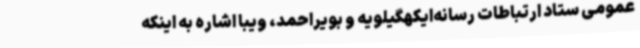
عمومی ستاد ارتباطات رسانه‌ایکهگیلویه و بویراحمد، ویبا اشاره به اینکه